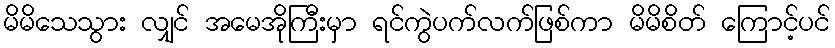
မိမိသေသွား လျှင် အမေအိုကြီးမှာ ရင်ကွဲပက်လက်ဖြစ်ကာ မိမိစိတ် ကြောင့်ပင်